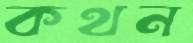
কথন